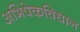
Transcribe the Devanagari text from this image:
अभिषेकविधान